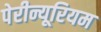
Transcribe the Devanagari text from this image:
पेरीन्यूरियम